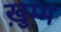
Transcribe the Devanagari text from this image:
ख़ुम्म